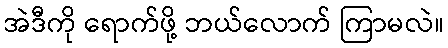
အဲဒီကို ရောက်ဖို့ ဘယ်လောက် ကြာမလဲ။